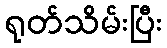
ရုတ်သိမ်းပြီး